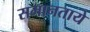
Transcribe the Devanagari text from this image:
समानताये